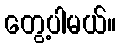
တွေ့ပါမယ်။